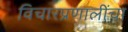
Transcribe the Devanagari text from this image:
विचारप्रणालींचा